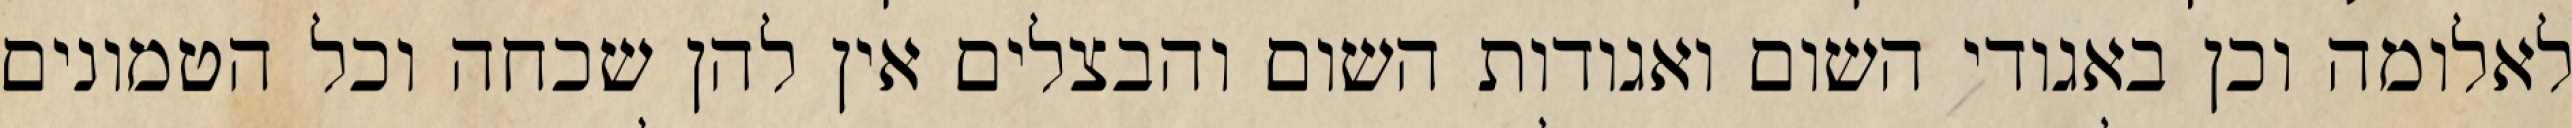
לאלומה וכן באגודי השום ואגודות השום והבצלים אין להן שכחה וכל הטמונים